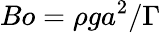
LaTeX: Bo=\rho{g}a^{2}/\Gamma